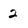
Character: 2